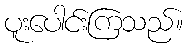
ပူးပေါင်းကြသည်။